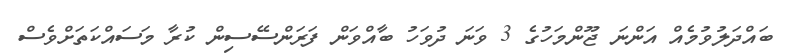
ބައްދަލުވުމެއް އަންނަ ޖޫންމަހުގެ 3 ވަނަ ދުވަހު ބާއްވަން ފަރަންސޭސިން ކުރާ މަސައްކަތަށްވެސް